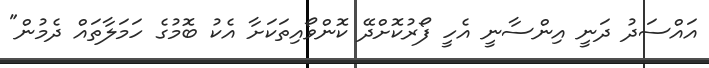
އައްސަދު ދަނީ އިންސާނީ އެހީ ފޯރުކޮށްދޭ ކޮންވޯއިތަކަށާ އެކު ބޮމުގެ ހަމަލާތައް ދެމުން"